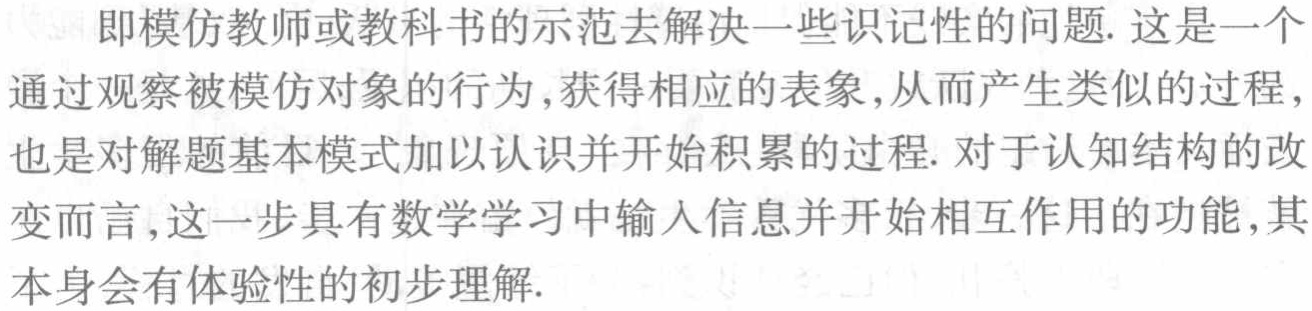
即模仿教师或教科书的示范去解决一些识记性的问题. 这是一个通过观察被模仿对象的行为,获得相应的表象,从而产生类似的过程，也是对解题基本模式加以认识并开始积累的过程. 对于认知结构的改变而言,这一步具有数学学习中输入信息并开始相互作用的功能,其本身会有体验性的初步理解.